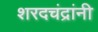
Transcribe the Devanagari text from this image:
शरदचंद्रांनी